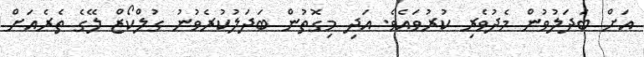
އަށް ބަދަލުވުން މެދުވެރި ކުރުވައެވެ. އަދި މިގޮތުން ބަދަލުކުރެވުނު ގުލްކޯޒް ލޭގެ ތެރެއަށް